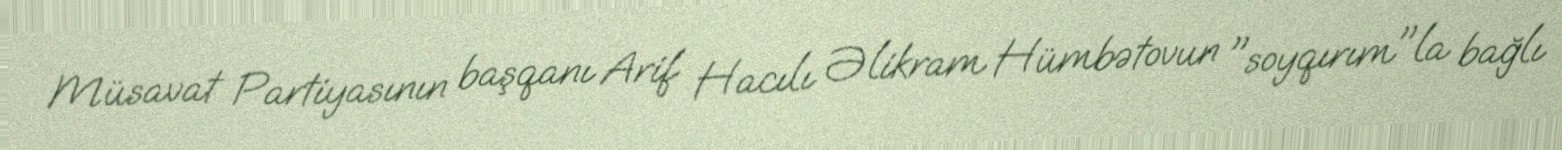
Müsavat Partiyasının başqanı Arif Hacılı Əlikram Hümbətovun "soyqırım"la bağlı